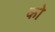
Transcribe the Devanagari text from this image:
को